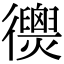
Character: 𢖣